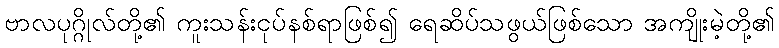
ဗာလပုဂ္ဂိုလ်တို့၏ ကူးသန်းငုပ်နစ်ရာဖြစ်၍ ရေဆိပ်သဖွယ်ဖြစ်သော အကျိုးမဲ့တို့၏